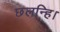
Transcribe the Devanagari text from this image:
छलन्हि।